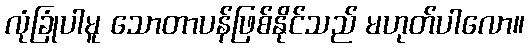
လုံခြုံပါမူ သောတာပန်ဖြစ်နိုင်သည် မဟုတ်ပါလော။